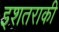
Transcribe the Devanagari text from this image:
इशतराकी